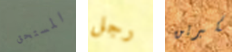
المستحق رجل تكبرين